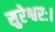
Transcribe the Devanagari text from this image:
सुरेश्वरः।